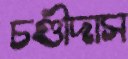
চণ্ডীদাস